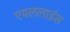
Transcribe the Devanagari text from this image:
एयललाइंस